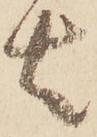
者